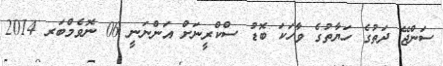
ސަންޖޭ ދަތުގެ ހަޔާތުގެ ވާހަކަ ބޮޑު ސްކްރީނަށް އަންނަނީ 06 ނޮވެމްބަރ 2014